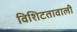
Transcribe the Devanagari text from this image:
विशिटतावाली